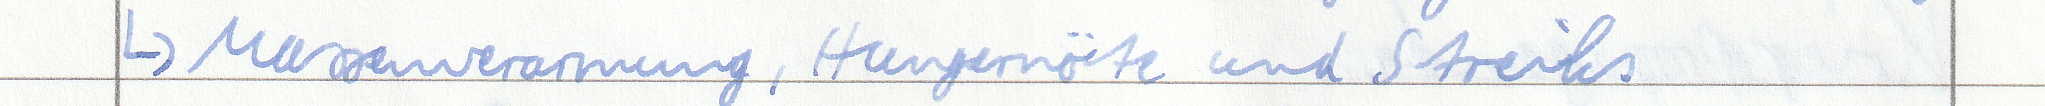
-> Massenverarmung, Hungernöte und Streiks